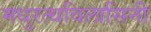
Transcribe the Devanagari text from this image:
मधुरत्थविलासिनी